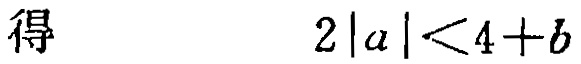
得 \[ 2|a|<4 + b\]